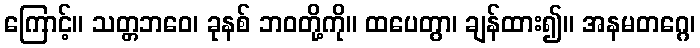
ကြောင့်။ သတ္တဘဝေ၊ ခုနစ် ဘဝတို့ကို။ ထပေတွာ၊ ချန်ထား၍။ အနမတဂ္ဂေ၊